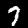
Label: 7